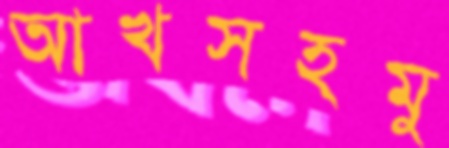
আখসহমু